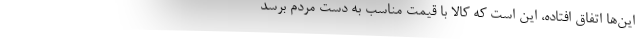
این‌ها اتفاق افتاده، این است که کالا با قیمت مناسب به دست مردم برسد